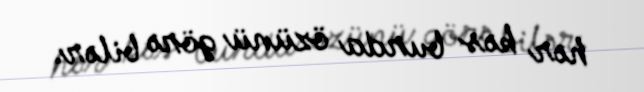
hər kəs burda özünü görə bilər.